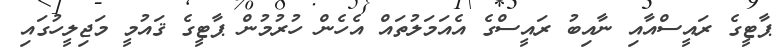
ޕާޓީގެ ރައީސްއާއި ނާއިބު ރައީސްގެ އެއަމަލުތައް އެހެން ހުރުމުން ޕާޓީގެ ޤައުމީ މަޖިލީހުގައި